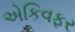
એકિવફર